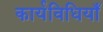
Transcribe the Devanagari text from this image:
कार्यविधियाँ